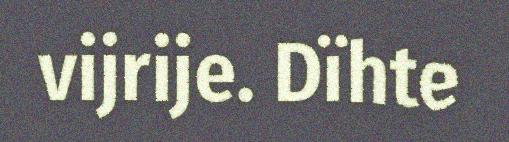
vijrije. Dïhte